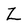
Character: Z